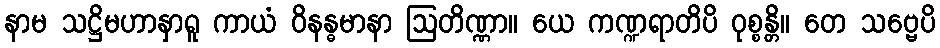
နာမ သဋ္ဌိမဟာနှာရူ ကာယံ ဝိနန္ဓမာနာ ဩတိဏ္ဏာ။ ယေ ကဏ္ဍရာတိပိ ဝုစ္စန္တိ။ တေ သဗ္ဗေပိ